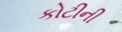
કોટીની